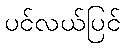
ပင်လယ်ပြင်